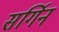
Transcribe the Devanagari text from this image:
सर्गिन